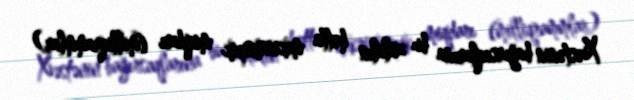
Xəstənin bağırsaqlarına bu zülalın hətta mikroskopik miqdarı (milliqrammlar)